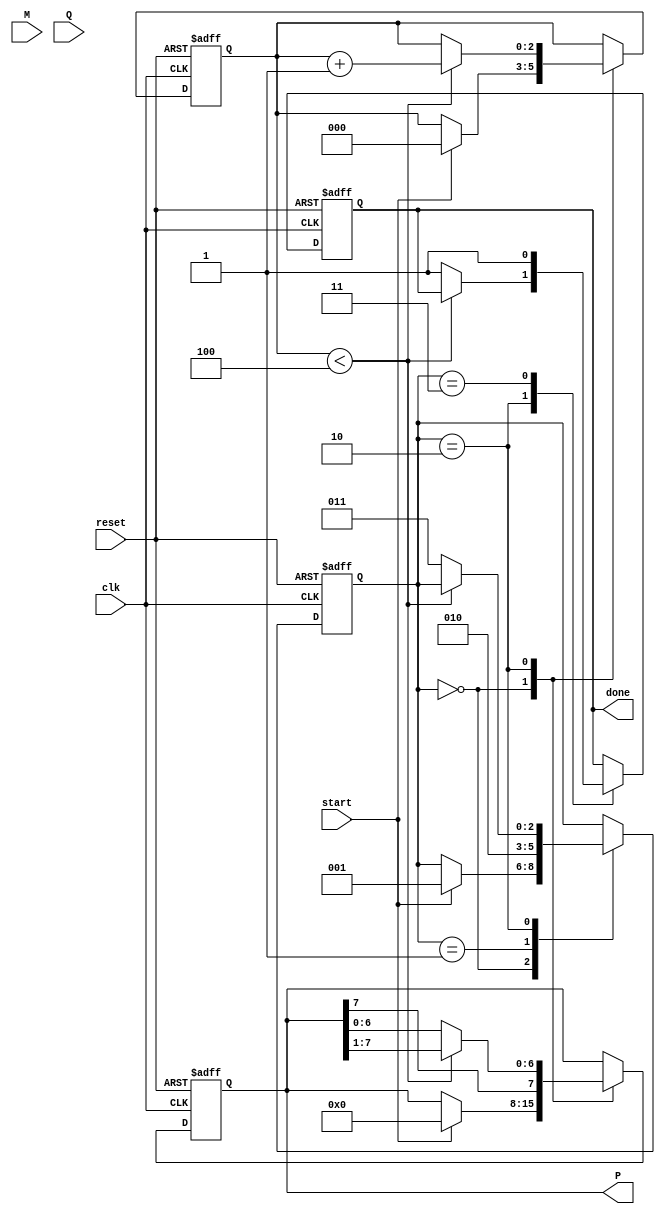
module booth_multiplier #(parameter N = 4) (
    input wire clk,
    input wire reset,
    input wire start,
    input wire signed [N-1:0] M, // Multiplicand
    input wire signed [N-1:0] Q, // Multiplier
    output reg signed [2*N-1:0] P, // Product
    output reg done // Done signal
);
    
    // Internal registers
    reg signed [N-1:0] A;      // A Register
    reg signed [N-1:0] Q_reg;  // Q Register
    reg Q1;                    // Q-1 Register
    reg [2:0] state;           // FSM State
    reg [2:0] count;           // Iteration counter
    
    // State definitions
    localparam IDLE = 3'b000,
               INIT = 3'b001,
               EXECUTE = 3'b010,
               DONE = 3'b011;
    
    // State Machine
    always @(posedge clk or posedge reset) begin
        if (reset) begin
            // Reset all registers
            A <= 0;
            Q_reg <= 0;
            Q1 <= 0;
            P <= 0;
            state <= IDLE;
            done <= 0;
            count <= 0;
        end else begin
            case (state)
                IDLE: begin
                    if (start) begin
                        // Initialize the registers
                        A <= M;
                        Q_reg <= Q;
                        Q1 <= 0; // Q-1 initialized to 0
                        P <= 0;   // Product initialized to 0
                        count <= 0; // Reset counter
                        state <= INIT;
                    end
                end
                
                INIT: begin
                    // Move to execution state
                    state <= EXECUTE;
                end
                
                EXECUTE: begin
                    if (count < N) begin
                        // Check the last bit of Q and Q-1
                        case ({Q_reg[0], Q1}) // Q0 and Q-1
                            2'b01: P <= P + A;             // Add M
                            2'b10: P <= P - A;             // Subtract M
                            default: P <= P;               // No Operation
                        endcase
                        // Arithmetic right shift
                        {P, Q_reg} <= {{P[2*N-1]}, P, Q_reg} >> 1;
                        Q1 <= Q_reg[0]; // Update Q-1
                        count <= count + 1; // Increment the count
                    end else begin
                        // Finished execution
                        done <= 1;
                        state <= DONE;
                    end
                end
                
                DONE: begin
                    // Stay in DONE state until reset
                    done <= 1;
                end
                
            endcase
        end
    end
endmodule